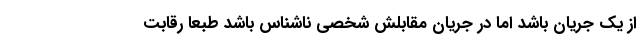
از یک جریان باشد اما در جریان مقابلش شخصی ناشناس باشد طبعاً رقابت